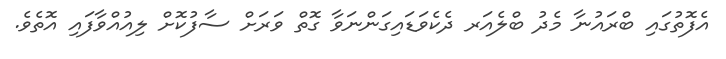
އެފޮތުގައި ބްރައުނާ މެދު ބްލެއަރ ދެކެވަޑައިގަންނަވާ ގޮތް ވަރަށް ސާފުކޮށް ލިއުއްވާފައި އޮތެވެ.